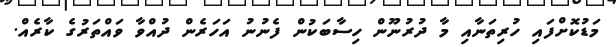
މަޑުކޮށްފައި ހުރިތަނާއި މާ ދުރުނޫން ހިސާބަކުން ފެނުނު އަހަރެން ދުއްވާ ވައްތަރުގެ ކާރެއް.